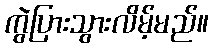
ကွဲပြားသွားလိမ့်မည်။